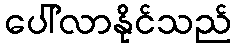
ပေါ်လာနိုင်သည်